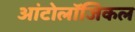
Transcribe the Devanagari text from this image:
आंटोलॉजिकल